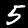
Digit: 5